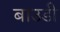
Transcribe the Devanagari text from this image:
बाउडी